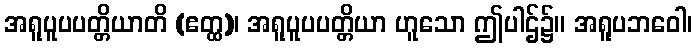
အရူပူပပတ္တိယာတိ (ဧတ္ထ)၊ အရူပူပပတ္တိယာ ဟူသော ဤပါဌ်၌။ အရူပဘဝေါ၊